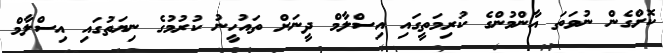
ކޮށްގެން ނުވަތަ އާންމުންގެ ކުރިމަތީގައި އިސްލާމް ދީނަށް ތައުހީނު ކުރުމުގެ ނިޔަތުގައި އިސްލާމް